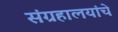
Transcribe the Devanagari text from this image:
संग्रहालयांचे